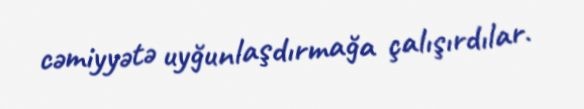
cəmiyyətə uyğunlaşdırmağa çalışırdılar.